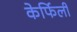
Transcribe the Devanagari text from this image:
केर्फिली